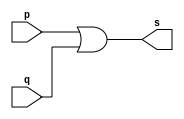
// ------------------------- 
// Exemplo0004 - OR 
// Nome: Gabriel Benjamim de Carvalho
// ------------------------- 
// ------------------------- 
// -- or gate 
// ------------------------- 
module orgate ( output s, 
input p, q); 
assign s = p | q; 
endmodule // orgate 
// --------------------- 
// -- test or gate 
// --------------------- 
module testorgate; 
// ------------------------- dados locais 
reg a, b; // definir registradores 
wire s; // definir conexao (fio) 
// ------------------------- instancia 
orgate OR1 (s, a, b); 
// ------------------------- preparacao 
initial begin:start 
// atribuicao simultanea 
// dos valores iniciais 
a=0; b=0; 
end 
// ------------------------- parte principal 
initial begin 
$display("Exemplo0004 - Gabriel Benjamim de Carvalho - 396690"); 
$display("Test OR gate"); 
$display("\na & b = s\n"); 
a=0; b=0; 
#1 $display("%b & %b = %b", a, b, s); 
a=0; b=1; 
#1 $display("%b & %b = %b", a, b, s); 
a=1; b=0; 
#1 $display("%b & %b = %b", a, b, s); 
a=1; b=1; 
#1 $display("%b & %b = %b", a, b, s); 
end 
endmodule // testorgate